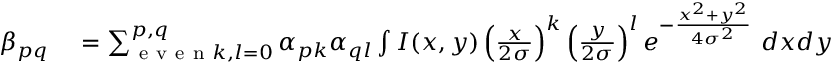
\begin{array} { r l } { \beta _ { p q } } & { { } = \sum _ { \mathrm { ~ e ~ v ~ e ~ n ~ } k , l = 0 } ^ { p , q } \alpha _ { p k } \alpha _ { q l } \int I ( x , y ) \left( \frac { x } { 2 \sigma } \right) ^ { k } \left( \frac { y } { 2 \sigma } \right) ^ { l } e ^ { - \frac { x ^ { 2 } + y ^ { 2 } } { 4 \sigma ^ { 2 } } } \ d x d y } \end{array}